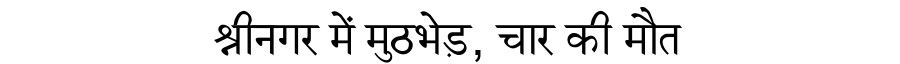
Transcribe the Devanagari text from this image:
श्रीनगर में मुठभेड़, चार की मौत